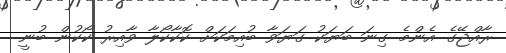
ރާއްޖޭގެ އެންމެ ގިނަ ބަޔަކު ގަޔަވާ ބުއިމަކަށް ކޮކާކޯލާ ވާއިރު ކޯކުން ބުނީ